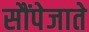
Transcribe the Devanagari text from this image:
सौंपेजाते